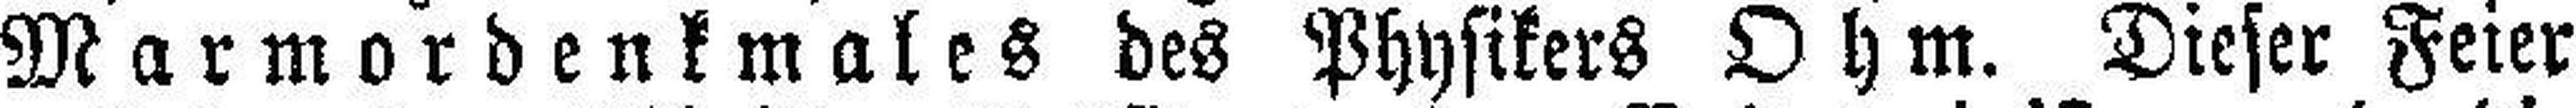
Marmordenkmales des Physikers Ohm. Dieser Feier